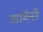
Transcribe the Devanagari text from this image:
खामेनी